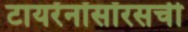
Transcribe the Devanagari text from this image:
टायरॅनॉसॉरसची